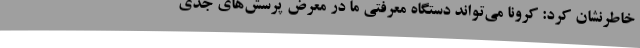
خاطرنشان کرد: کرونا می‌تواند دستگاه معرفتی ما در معرض پرسش‌های جدی